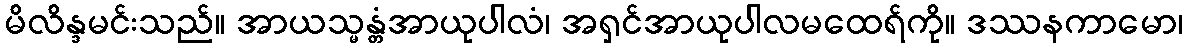
မိလိန္ဒမင်းသည်။ အာယသ္မန္တံအာယုပါလံ၊ အရှင်အာယုပါလမထေရ်ကို။ ဒဿနကာမော၊